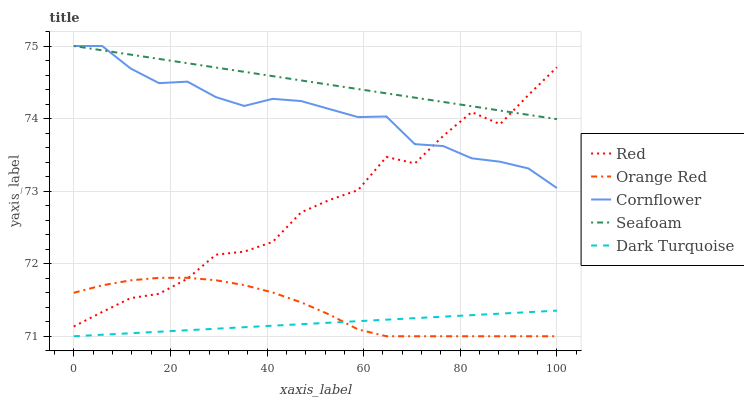
| xaxis_label | Red | Orange Red | Cornflower | Seafoam | Dark Turquoise |
 | --- | --- | --- | --- | --- | --- |
 | 0 | 71.1 | 71.6 | 75 | 75 | 71 |
 | 5.88 | 71.3 | 71.7 | 75 | 74.9 | 71 |
 | 11.8 | 71.5 | 71.8 | 74.7 | 74.9 | 71 |
 | 17.6 | 71.6 | 71.8 | 74.5 | 74.8 | 71.1 |
 | 23.5 | 71.8 | 71.8 | 74.5 | 74.8 | 71.1 |
 | 29.4 | 72.1 | 71.8 | 74.3 | 74.7 | 71.1 |
 | 35.3 | 72.2 | 71.7 | 74.2 | 74.6 | 71.1 |
 | 41.2 | 72.3 | 71.6 | 74.3 | 74.6 | 71.1 |
 | 47.1 | 72.7 | 71.5 | 74.2 | 74.5 | 71.2 |
 | 52.9 | 72.9 | 71.3 | 74.1 | 74.5 | 71.2 |
 | 58.8 | 73 | 71.1 | 74 | 74.4 | 71.2 |
 | 64.7 | 73.5 | 71 | 74 | 74.3 | 71.2 |
 | 70.6 | 73.4 | 71 | 73.6 | 74.3 | 71.2 |
 | 76.5 | 73.8 | 71 | 73.6 | 74.2 | 71.3 |
 | 82.4 | 74.1 | 71 | 73.5 | 74.2 | 71.3 |
 | 88.2 | 73.9 | 71 | 73.4 | 74.1 | 71.3 |
 | 94.1 | 74.3 | 71 | 73.3 | 74.1 | 71.3 |
 | 100 | 74.7 | 71 | 73 | 74 | 71.4 |